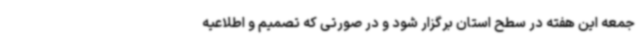
جمعه این هفته در سطح استان برگزار شود و در صورتی که تصمیم و اطلاعیه